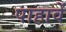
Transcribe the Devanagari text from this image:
पाहावें